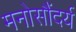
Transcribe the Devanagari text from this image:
मनोसौंदर्य